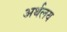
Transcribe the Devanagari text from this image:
अर्थलय